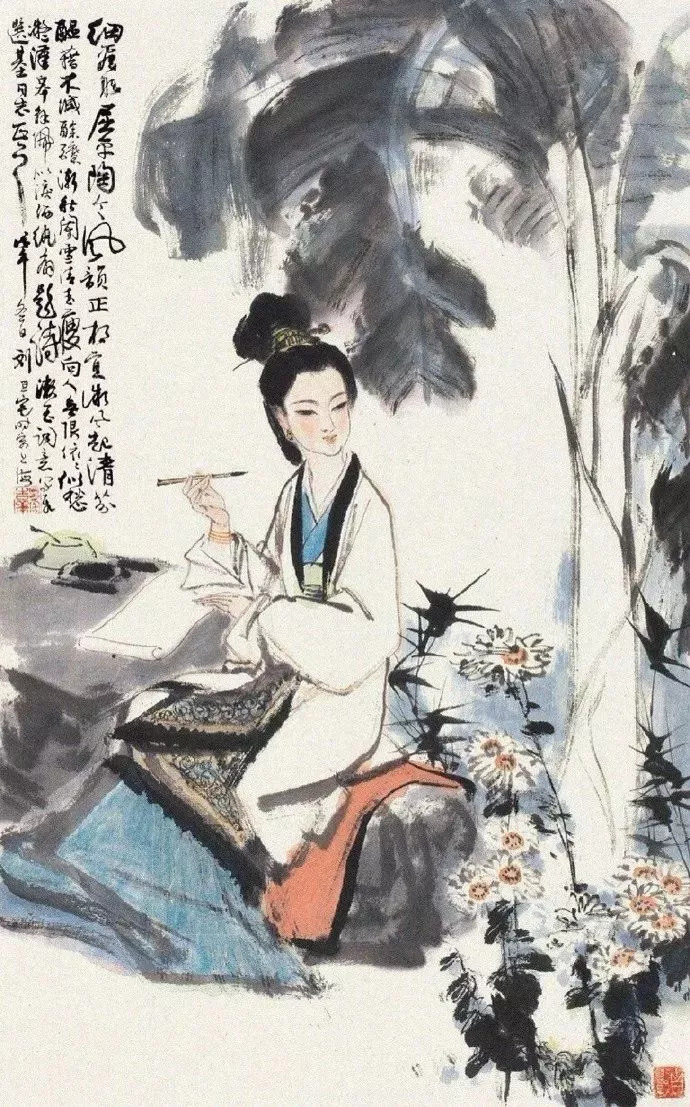
思君令人老，岁月忽已晚。